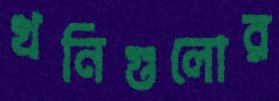
খনিগুলোর